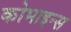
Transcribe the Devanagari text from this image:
कोमाइन्स